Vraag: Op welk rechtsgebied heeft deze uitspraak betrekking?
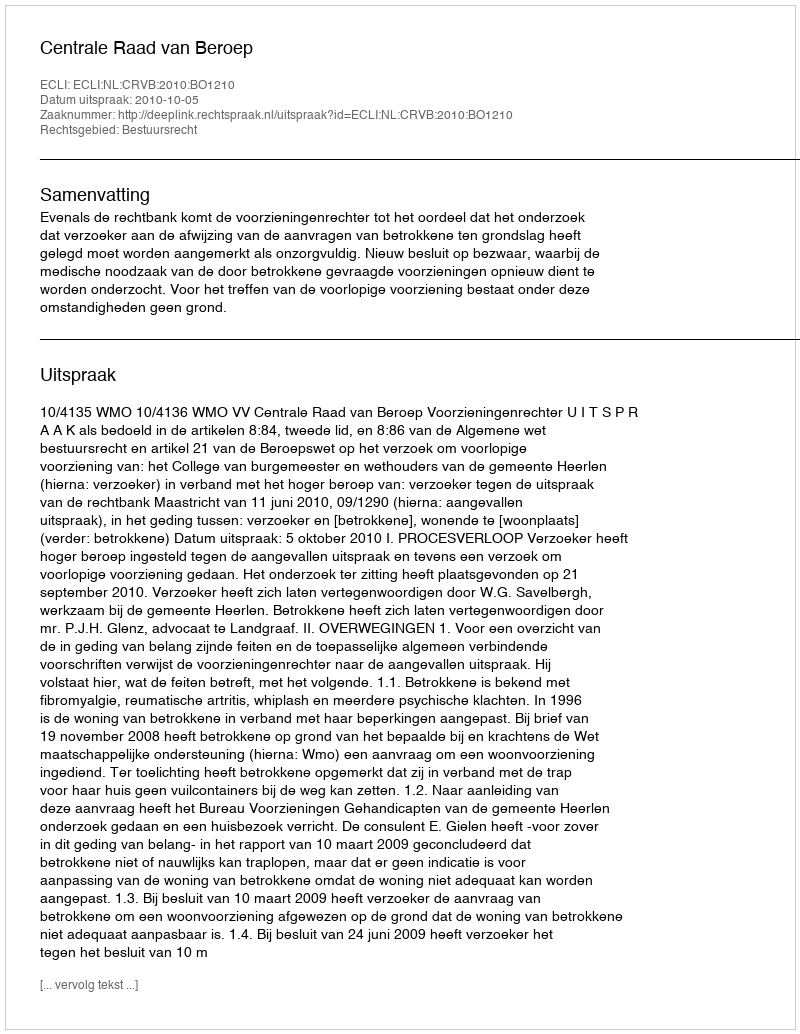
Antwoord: Bestuursrecht